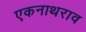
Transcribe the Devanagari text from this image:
एकनाथराव